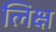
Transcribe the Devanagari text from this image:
लिक्ष